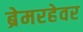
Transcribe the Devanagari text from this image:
ब्रेमरहेवर